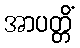
အာပတ္တိံ